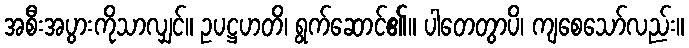
အစီးအပွားကိုသာလျှင်။ ဥပဋ္ဌဟတိ၊ ရွက်ဆောင်၏။ ပါတေတွာပိ၊ ကျစေသော်လည်း။